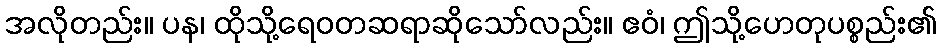
အလိုတည်း။ ပန၊ ထိုသို့ရေဝတဆရာဆိုသော်လည်း။ ဧဝံ၊ ဤသို့ဟေတုပစ္စည်း၏